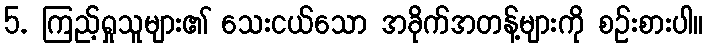
5. ကြည့်ရှုသူများ၏ သေးငယ်သော အခိုက်အတန့်များကို စဉ်းစားပါ။